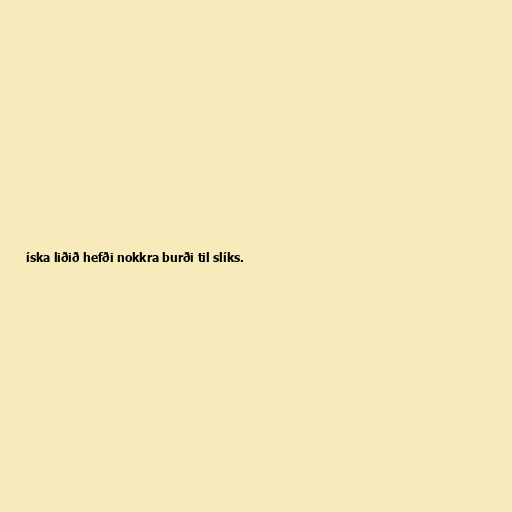
íska liðið hefði nokkra burði til slíks.